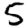
Digit: 5